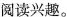
阅读兴趣。